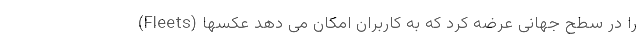
(Fleets) را در سطح جهانی عرضه کرد که به کاربران امکان می دهد عکسها